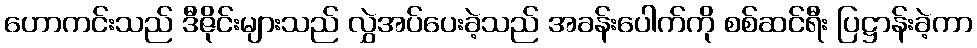
ဟောကင်းသည် ဒီဇိုင်းများသည် လွှဲအပ်ပေးခဲ့သည် အခန်းပေါက်ကို စစ်ဆင်ရီး ပြဋ္ဌာန်းခဲ့ကာ